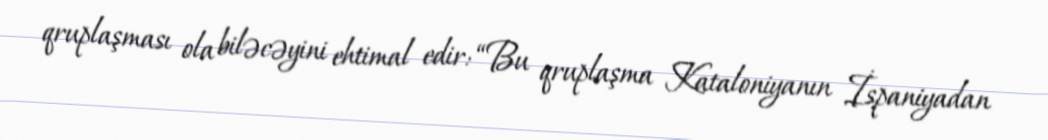
qruplaşması ola biləcəyini ehtimal edir: “Bu qruplaşma Kataloniyanın İspaniyadan